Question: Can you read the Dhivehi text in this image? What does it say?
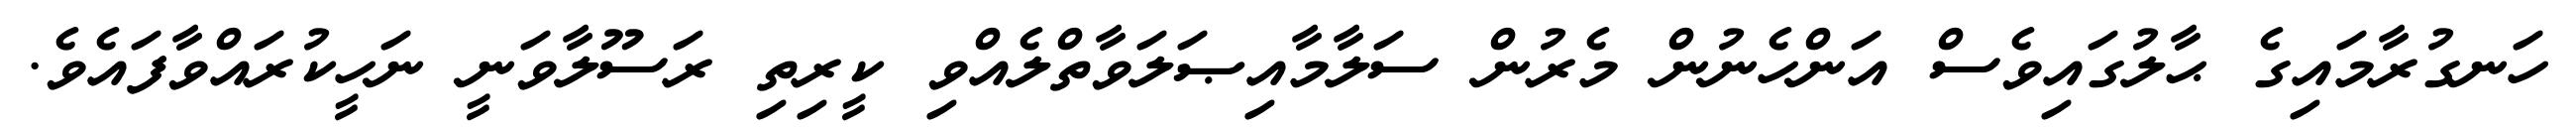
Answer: ހަނގުރާމައިގެ ޙާލުގައިވެސް އަންހެނުން މެރުން ސަލާމާއިޞަލަވާތްލެއްވި ކީރިތި ރަސޫލާވަނީ ނަހީކުރައްވާފައެވެ.